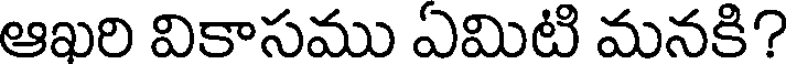
ఆఖరి వికాసము ఏమిటి మనకి?